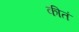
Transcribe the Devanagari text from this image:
कीतं